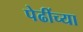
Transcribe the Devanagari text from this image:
पेढींच्या